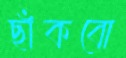
ছাঁকবো